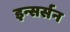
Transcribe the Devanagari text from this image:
इन्सर्सन